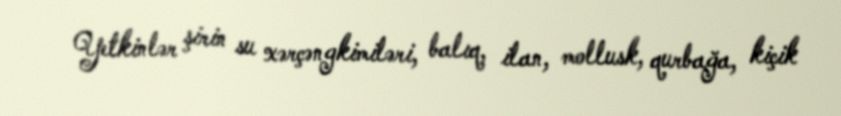
Yetkinlər şirin su xərçəngkimiləri, balıq, ilan, mollusk, qurbağa, kiçik